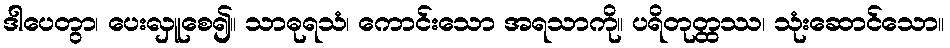
ဒါပေတွာ၊ ပေးလှူစေ၍။ သာဓုရသံ၊ ကောင်းသော အရသာကို။ ပရိတုတ္ထဿ၊ သုံးဆောင်သော။